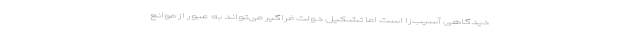
دیدگاهی آسیب‌زا است اما تشکیل دولت فراگیر می‌تواند به عبور از موانع